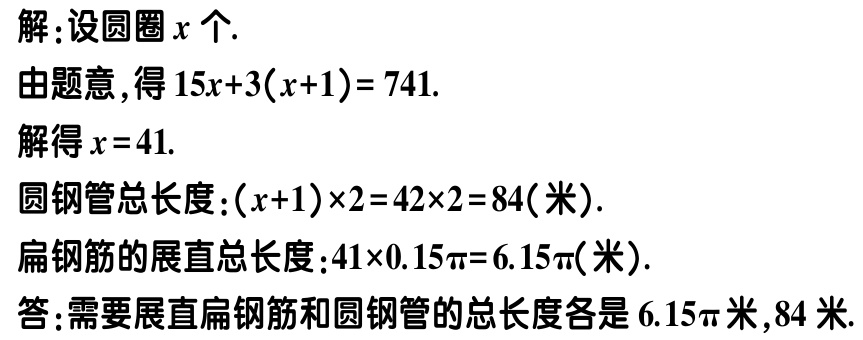
解：设圆圈\(x\)个.

由题意,得\(15x + 3(x + 1)=741\).

解得\(x = 41\).

圆钢管总长度：\((x + 1)\times2=42\times2 = 84\)(米).

扁钢筋的展直总长度：\(41\times0.15\pi=6.15\pi\)(米).

答：需要展直扁钢筋和圆钢管的总长度各是\(6.15\pi\)米,\(84\)米.